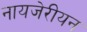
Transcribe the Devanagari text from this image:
नायजेरीयन